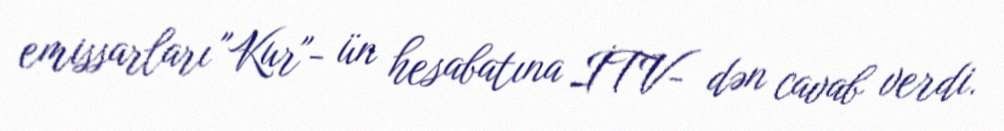
emissarları "Kur"- ün hesabatına İTV- dən cavab verdi.